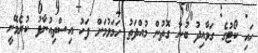
ހައި ކޯޓުގެ ގަވާއިދު ބުނާ ގޮތުން މުއްދަތު ހަމަވުމަށް ފަހު އިސްތިއުނާފު ކުރެވޭނީ